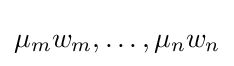
\mu _{m}w_{m},\ldots ,\mu _{n}w_{n}